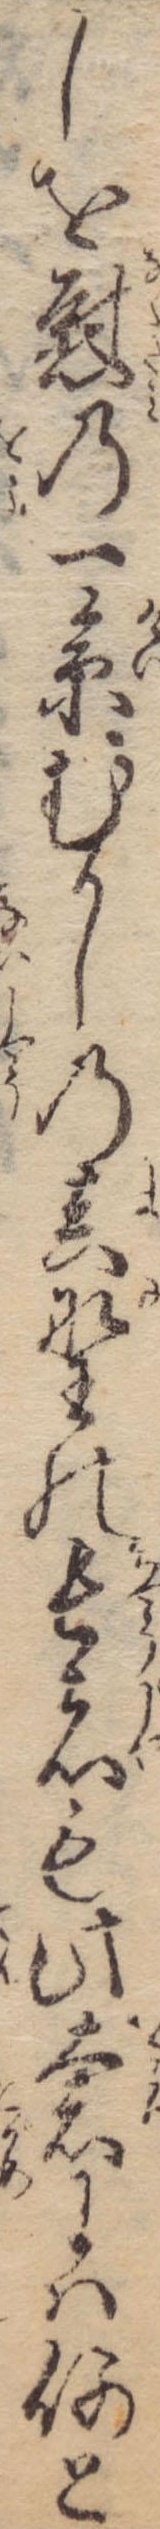
しを慰の一景むかしの真野の長者も此奢には何と